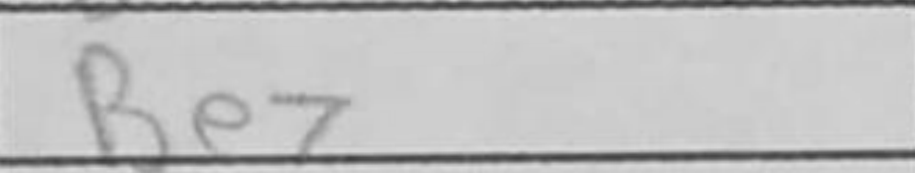
Transcription: Be7